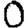
Digit: 0